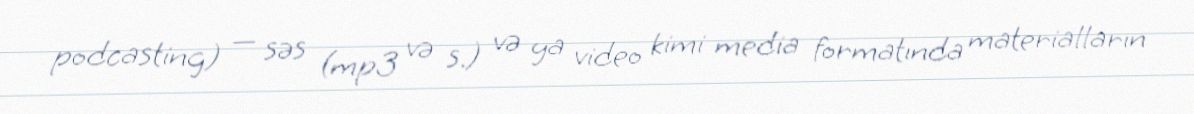
podcasting) — səs (mp3 və s.) və ya video kimi media formatında materialların